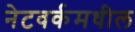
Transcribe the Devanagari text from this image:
नेटवर्कमधील